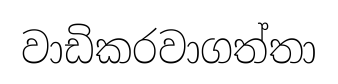
වාඩිකරවාගත්තා